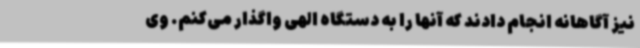
نیز آگاهانه انجام دادند که آنها را به دستگاه الهی واگذار می‌کنم. وی